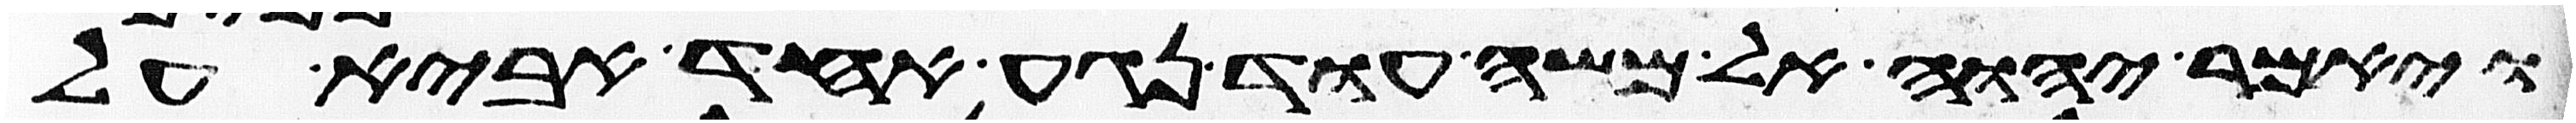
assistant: ויאמר יהוה אל משה עוד נגע אחד אביא על